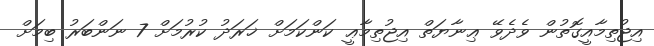
އިޖުތިމާއީގޮތުން ވެދެވޭ ޢިނާޔަތް އިޖުތިމާޢީ ކަންކަމަށް ޚަރަދު ކުރުމަށް 7 ނަންބަރު ބިމަށް